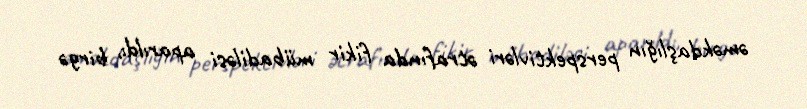
əməkdaşlığın perspektivləri ətrafında fikir mübadiləsi aparıldı, birgə